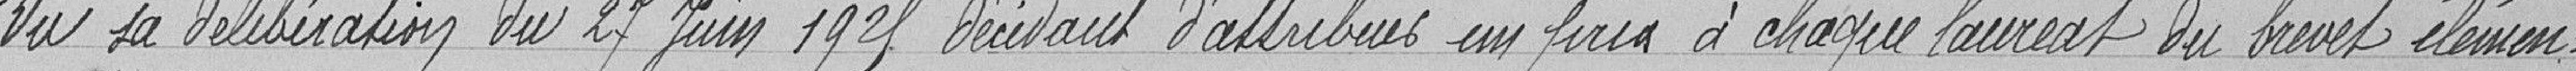
Vu la délibération du 27 juin 1925 décidant d'attribuer un prix à chaque lauréat du brevet élémen-